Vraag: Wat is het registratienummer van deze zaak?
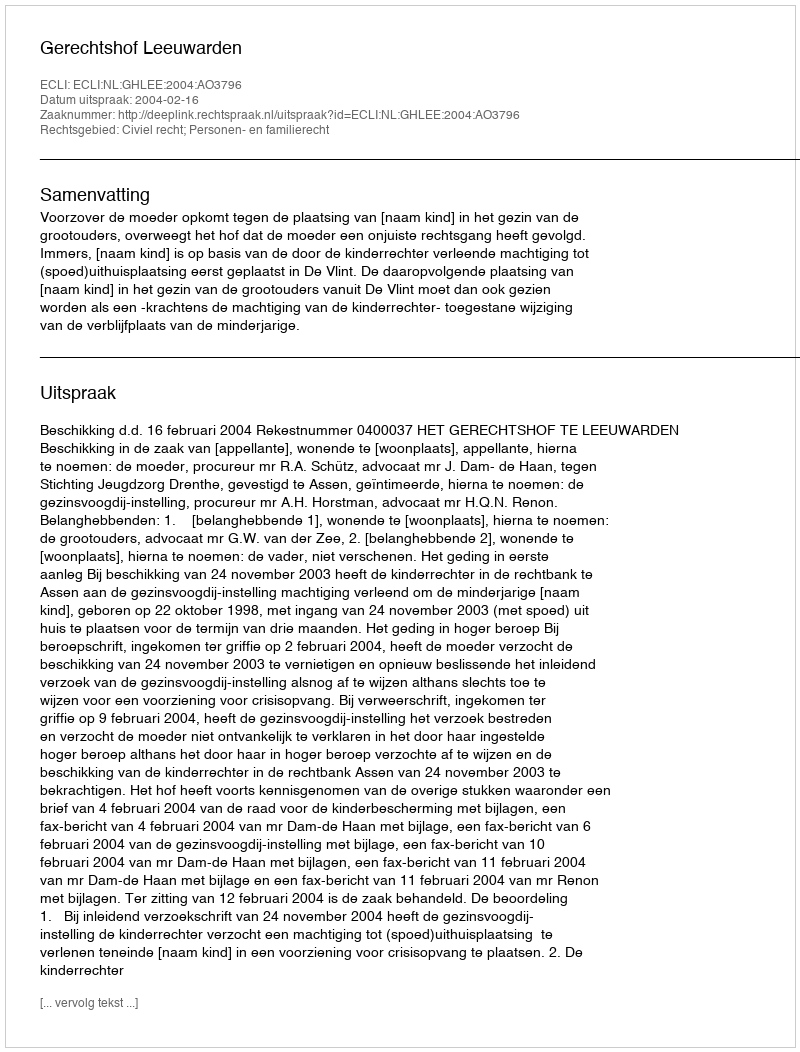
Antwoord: http://deeplink.rechtspraak.nl/uitspraak?id=ECLI:NL:GHLEE:2004:AO3796